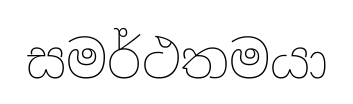
සමර්ථතමයා